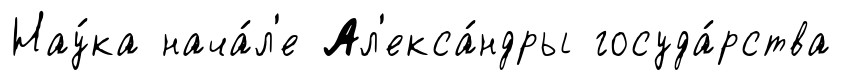
Нау́ка нача́л'е Ал'екса́ндры госуда́рства